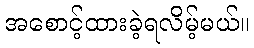
အစောင့်ထားခဲ့ရလိမ့်မယ်။